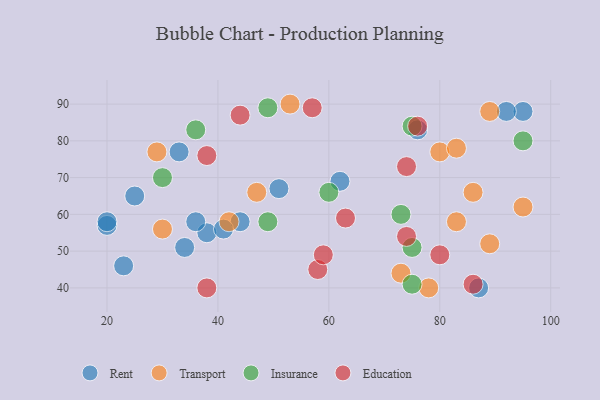
{"axis": {"x": "GDP", "y": "Life Expectancy"}, "legend": ["Education", "Insurance", "Rent", "Transport"], "data": [{"x": "38", "y": 55, "type": "Rent"}, {"x": "87", "y": 40, "type": "Rent"}, {"x": "34", "y": 51, "type": "Rent"}, {"x": "76", "y": 83, "type": "Rent"}, {"x": "23", "y": 46, "type": "Rent"}, {"x": "95", "y": 88, "type": "Rent"}, {"x": "92", "y": 88, "type": "Rent"}, {"x": "51", "y": 67, "type": "Rent"}, {"x": "44", "y": 58, "type": "Rent"}, {"x": "33", "y": 77, "type": "Rent"}, {"x": "36", "y": 58, "type": "Rent"}, {"x": "25", "y": 65, "type": "Rent"}, {"x": "62", "y": 69, "type": "Rent"}, {"x": "41", "y": 56, "type": "Rent"}, {"x": "20", "y": 57, "type": "Rent"}, {"x": "20", "y": 58, "type": "Rent"}, {"x": "47", "y": 66, "type": "Transport"}, {"x": "78", "y": 40, "type": "Transport"}, {"x": "73", "y": 44, "type": "Transport"}, {"x": "95", "y": 62, "type": "Transport"}, {"x": "42", "y": 58, "type": "Transport"}, {"x": "80", "y": 77, "type": "Transport"}, {"x": "53", "y": 90, "type": "Transport"}, {"x": "89", "y": 52, "type": "Transport"}, {"x": "83", "y": 58, "type": "Transport"}, {"x": "29", "y": 77, "type": "Transport"}, {"x": "30", "y": 56, "type": "Transport"}, {"x": "86", "y": 66, "type": "Transport"}, {"x": "83", "y": 78, "type": "Transport"}, {"x": "89", "y": 88, "type": "Transport"}, {"x": "49", "y": 89, "type": "Insurance"}, {"x": "75", "y": 41, "type": "Insurance"}, {"x": "36", "y": 83, "type": "Insurance"}, {"x": "75", "y": 51, "type": "Insurance"}, {"x": "30", "y": 70, "type": "Insurance"}, {"x": "49", "y": 58, "type": "Insurance"}, {"x": "60", "y": 66, "type": "Insurance"}, {"x": "95", "y": 80, "type": "Insurance"}, {"x": "75", "y": 84, "type": "Insurance"}, {"x": "73", "y": 60, "type": "Insurance"}, {"x": "63", "y": 59, "type": "Education"}, {"x": "74", "y": 54, "type": "Education"}, {"x": "86", "y": 41, "type": "Education"}, {"x": "76", "y": 84, "type": "Education"}, {"x": "58", "y": 45, "type": "Education"}, {"x": "74", "y": 73, "type": "Education"}, {"x": "38", "y": 76, "type": "Education"}, {"x": "38", "y": 40, "type": "Education"}, {"x": "44", "y": 87, "type": "Education"}, {"x": "57", "y": 89, "type": "Education"}, {"x": "80", "y": 49, "type": "Education"}, {"x": "59", "y": 49, "type": "Education"}]}